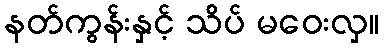
နတ်ကွန်းနှင့် သိပ် မဝေးလှ။